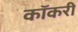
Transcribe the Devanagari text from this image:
कॉकरी